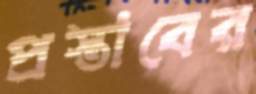
প্রস্তাবের